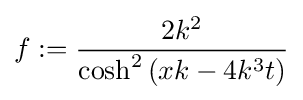
f:={\frac {2k^{2}}{\cosh ^{2}\left(xk-4k^{3}t\right)}}